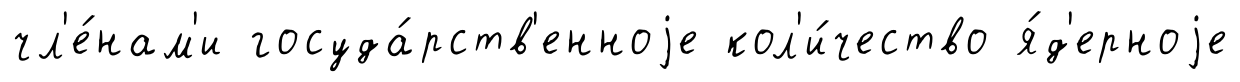
чл'е́нам'и госуда́рств'енноjе кол'и́чество я́д'ерноjе